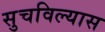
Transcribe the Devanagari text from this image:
सुचविल्यास